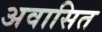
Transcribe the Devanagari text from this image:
अवासित